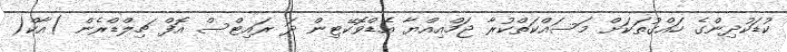
ކުޑަކުދިންގެ ހައްގުތަކަށް މަސައްކަތްކުރާ ޖަމްއިއްޔާ އެޑްވޮކޭޓިން ދަ ރައިޓްސް އޮފް ޗިލްޑްރެން )އާކް(